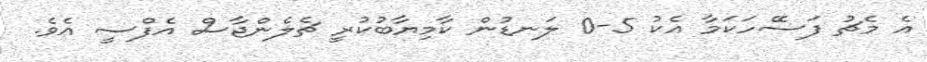
އެ މެޗު ފަސޭހަކަމާ އެކު 5-0 ލަނޑުން ކާމިޔާބުކުރީ ޗެލެންޖާސް އެފްސީ އެވެ.